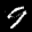
Label: 9